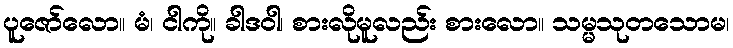
ပူဇော်လော။ မံ၊ ငါကို။ ခါဒဝါ၊ စားလိုမူလည်း စားလော။ သမ္မသုတသောမ၊